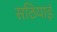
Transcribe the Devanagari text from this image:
सठियाई